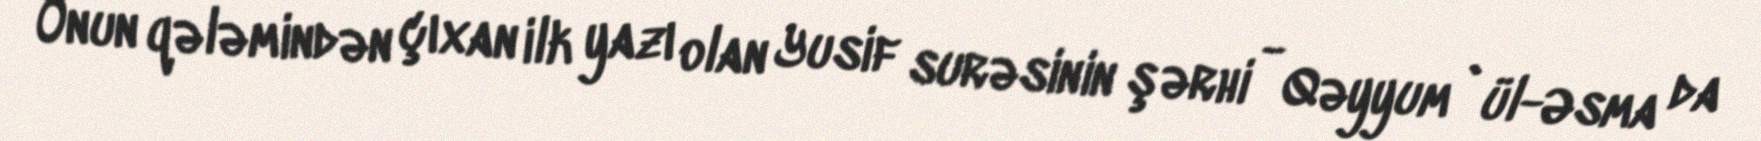
Onun qələmindən çıxan ilk yazı olan Yusif surəsinin şərhi - Qəyyum`ül-Əsma da